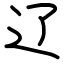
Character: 辽